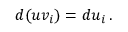
d ( u v _ { i } ) = d u _ { i } \, .